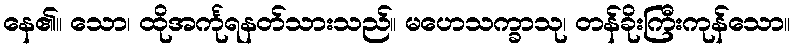
နေ၏။ သော၊ ထိုအင်္ကုရနတ်သားသည်။ မဟေသက္ခာသု၊ တန်ခိုးကြီးကုန်သော။